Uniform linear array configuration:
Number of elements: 4
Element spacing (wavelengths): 0.75
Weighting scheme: kaiser
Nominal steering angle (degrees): -60
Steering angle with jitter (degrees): -58.932
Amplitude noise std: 0.05
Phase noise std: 0.05

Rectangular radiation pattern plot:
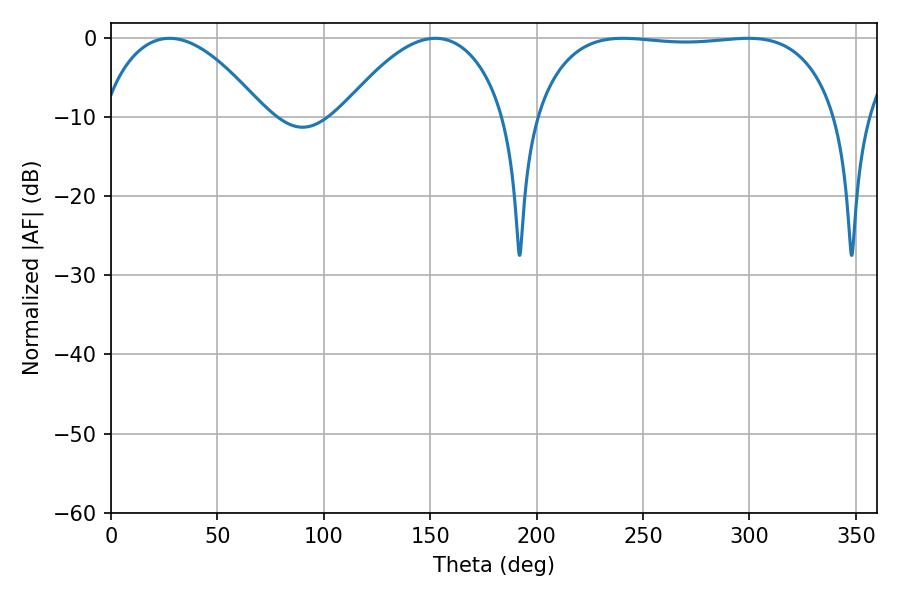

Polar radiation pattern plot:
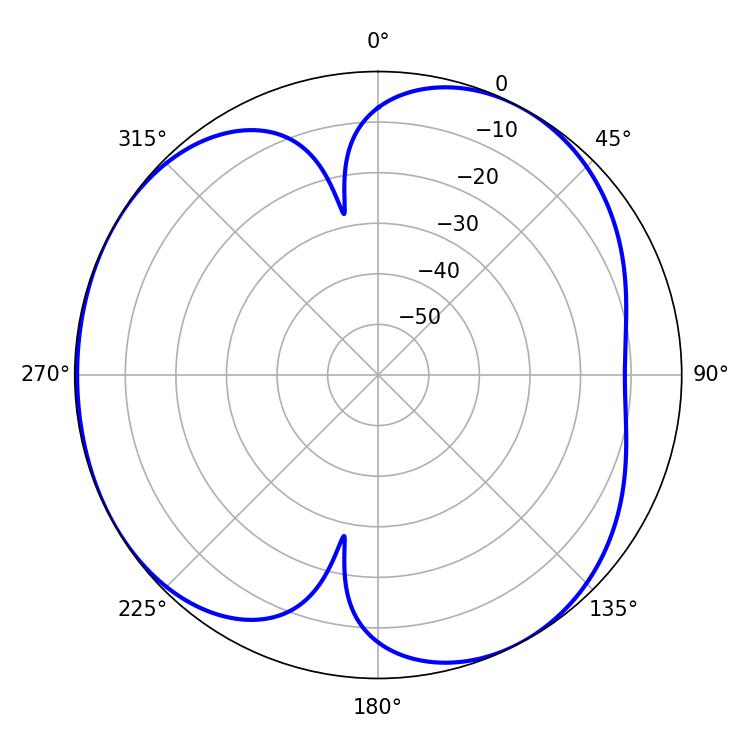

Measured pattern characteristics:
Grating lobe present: TRUE
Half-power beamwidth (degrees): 42.48
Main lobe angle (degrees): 27.54